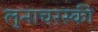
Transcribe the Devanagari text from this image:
लुनाचरस्की